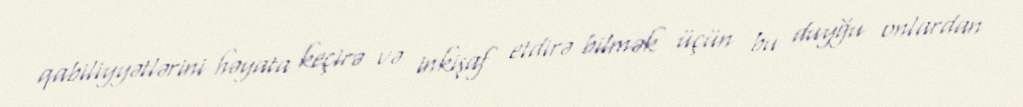
qabiliyyətlərini həyata keçirə və inkişaf etdirə bilmək üçün bu duyğu onlardan